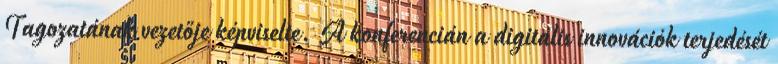
Tagozatának vezetője képviselte. A konferencián a digitális innovációk terjedését